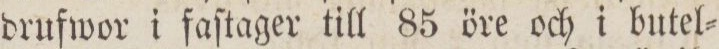
drufwor i faſtager till 85 öre och i butel=